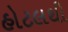
હોટલથી